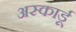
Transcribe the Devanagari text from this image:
अस्कार्डू